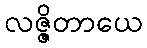
လဇ္ဇိတာယေ